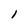
Character: l